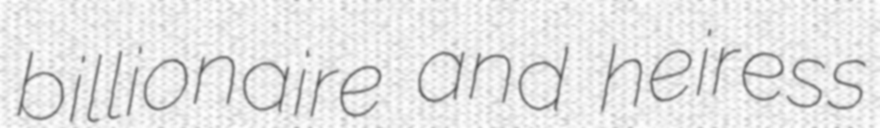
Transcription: billionaire and heiress